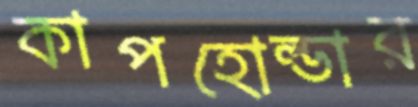
কাপহোল্ডার